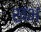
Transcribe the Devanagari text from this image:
खंभ